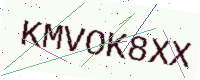
Text: KMVOK8XX